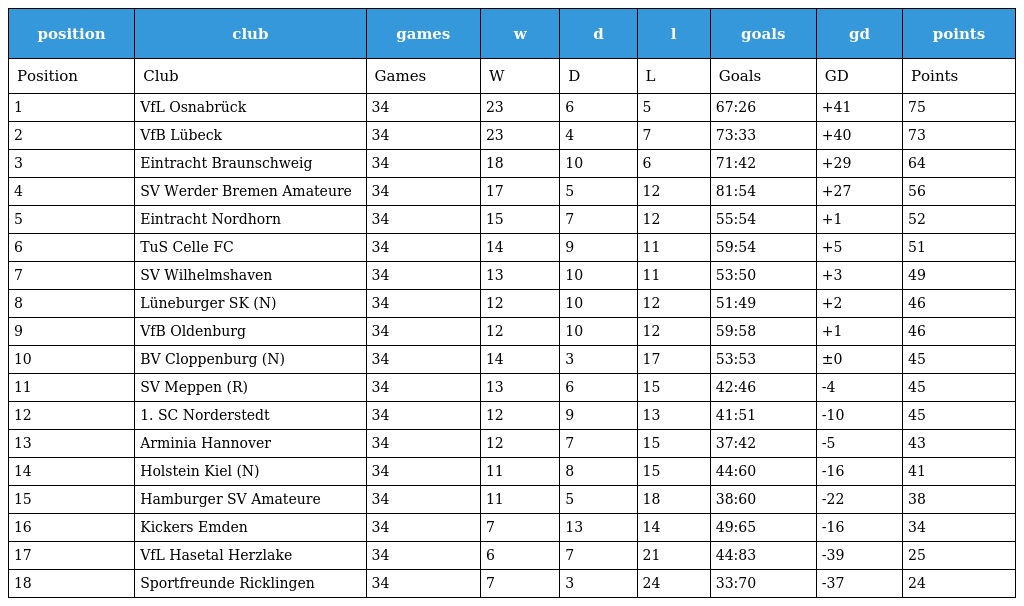
| position | club | games | w | d | l | goals | gd | points |
 | --- | --- | --- | --- | --- | --- | --- | --- | --- |
 | Position | Club | Games | W | D | L | Goals | GD | Points |
 | 1 | VfL Osnabrück | 34 | 23 | 6 | 5 | 67:26 | +41 | 75 |
 | 2 | VfB Lübeck | 34 | 23 | 4 | 7 | 73:33 | +40 | 73 |
 | 3 | Eintracht Braunschweig | 34 | 18 | 10 | 6 | 71:42 | +29 | 64 |
 | 4 | SV Werder Bremen Amateure | 34 | 17 | 5 | 12 | 81:54 | +27 | 56 |
 | 5 | Eintracht Nordhorn | 34 | 15 | 7 | 12 | 55:54 | +1 | 52 |
 | 6 | TuS Celle FC | 34 | 14 | 9 | 11 | 59:54 | +5 | 51 |
 | 7 | SV Wilhelmshaven | 34 | 13 | 10 | 11 | 53:50 | +3 | 49 |
 | 8 | Lüneburger SK (N) | 34 | 12 | 10 | 12 | 51:49 | +2 | 46 |
 | 9 | VfB Oldenburg | 34 | 12 | 10 | 12 | 59:58 | +1 | 46 |
 | 10 | BV Cloppenburg (N) | 34 | 14 | 3 | 17 | 53:53 | ±0 | 45 |
 | 11 | SV Meppen (R) | 34 | 13 | 6 | 15 | 42:46 | -4 | 45 |
 | 12 | 1. SC Norderstedt | 34 | 12 | 9 | 13 | 41:51 | -10 | 45 |
 | 13 | Arminia Hannover | 34 | 12 | 7 | 15 | 37:42 | -5 | 43 |
 | 14 | Holstein Kiel (N) | 34 | 11 | 8 | 15 | 44:60 | -16 | 41 |
 | 15 | Hamburger SV Amateure | 34 | 11 | 5 | 18 | 38:60 | -22 | 38 |
 | 16 | Kickers Emden | 34 | 7 | 13 | 14 | 49:65 | -16 | 34 |
 | 17 | VfL Hasetal Herzlake | 34 | 6 | 7 | 21 | 44:83 | -39 | 25 |
 | 18 | Sportfreunde Ricklingen | 34 | 7 | 3 | 24 | 33:70 | -37 | 24 |